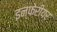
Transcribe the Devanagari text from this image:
इन्फेरीयर